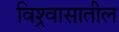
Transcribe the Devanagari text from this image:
विश्र्वासातील